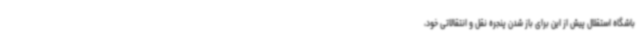
باشگاه استقلال پیش از این برای باز شدن پنجره نقل و انتقالاتی خود،